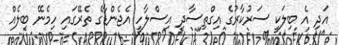
އަދި އެ ބިލަކީ ސަރުކާރުގެ އިގްތިސާދީ އިސްލާހީ އެޖެންޑާގެ ތެރޭގައި ހިމެނޭ ބިލެއް